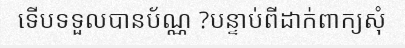
ទើបទទួលបានប័ណ្ណ ?បន្ទាប់ពីដាក់ពាក្យសុំ